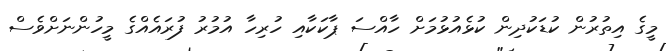
މީގެ އިތުރުން ކުޑަކުދިން ކުޅެއުޅުމަށް ހާއްސަ ޕާކަކާއި ހުރިހާ އުމުރު ފުރައެއްގެ މީހުންނަށްވެސް